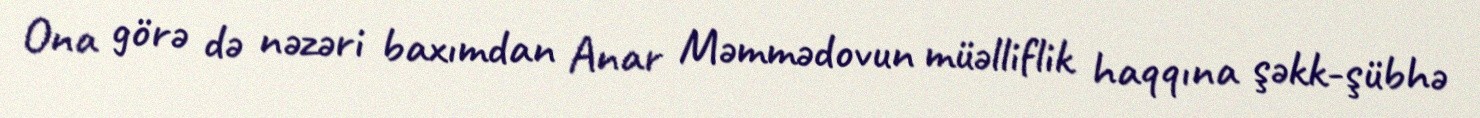
Ona görə də nəzəri baxımdan Anar Məmmədovun müəlliflik haqqına şəkk-şübhə